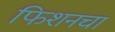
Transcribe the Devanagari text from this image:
फिशनचा